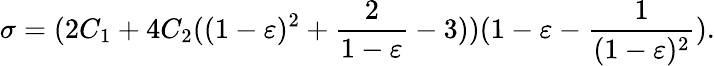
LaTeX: \sigma=(2C_{1}+4C_{2}((1-\varepsilon)^{2}+\frac{2}{1-\varepsilon}-3))(1-\varepsilon-\frac{1}{(1-\varepsilon)^{2}}).